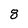
Character: 8